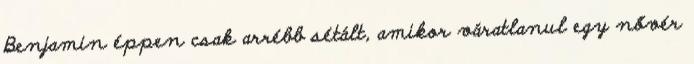
Benjamin éppen csak arrébb sétált, amikor váratlanul egy nővér